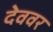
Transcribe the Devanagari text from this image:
देववर